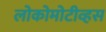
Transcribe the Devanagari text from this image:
लोकोमोटीव्हस